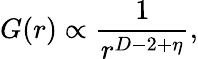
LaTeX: G(r)\propto{\frac{1}{r^{D-2+\eta}}},